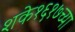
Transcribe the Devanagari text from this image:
शके१६१७च्या